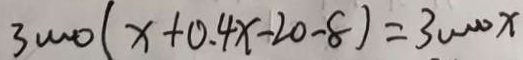
3 0 0 0 0 ( x + 0 . 4 x - 2 0 - 8 ) = 3 0 0 0 0 x